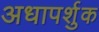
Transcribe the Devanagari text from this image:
अधापर्शुक